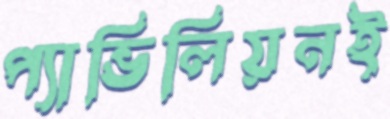
প্যাভিলিয়নই